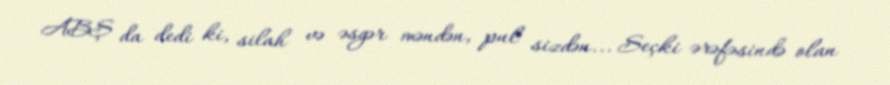
ABŞ da dedi ki, silah və əsgər məndən, pul sizdən... Seçki ərəfəsində olan